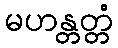
မဟန္တတ္တံ